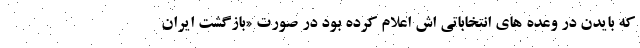
که بایدن در وعده های انتخاباتی اش اعلام کرده بود در صورت «بازگشت ایران